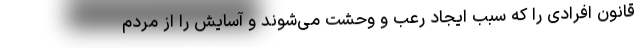
قانون افرادی را که سبب ایجاد رعب و وحشت می‌شوند و آسایش را از مردم